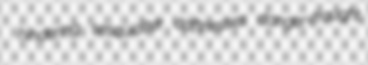
hindering sesquialter daftnesses danger-fraught